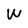
Character: W